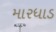
મારધાડ